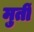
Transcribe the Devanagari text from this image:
मुर्तीं